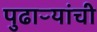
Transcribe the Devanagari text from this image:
पुढाऱ्यांची